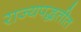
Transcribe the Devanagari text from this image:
राज्यपद्धतीत